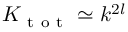
K _ { \mathrm { ~ t ~ o ~ t ~ } } \simeq k ^ { 2 l }